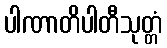
ပါဏာတိပါတီသုတ္တံ